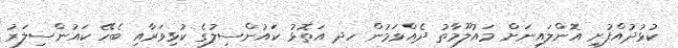
ކުޅުދުއްފުށި އޮންލައިނަށް މައުލޫމާތު ދެއްވަމުން ހދ އަތޮޅު ކައުންސިލުގެ ކުޅިވަރާއި ބެހޭ ކައުންސިލަރު